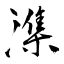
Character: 潗